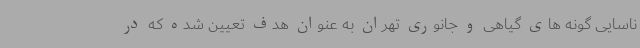
ناسایی گونه های گیاهی و جانوری تهران به عنوان هدف تعیین شده که در